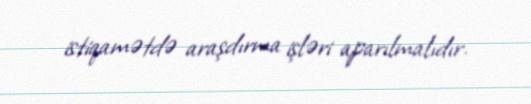
istiqamətdə araşdırma işləri aparılmalıdır.